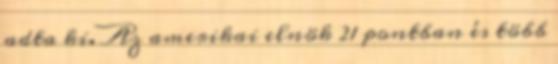
adta ki. Az amerikai elnök 21 pontban és több